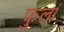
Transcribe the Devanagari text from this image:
फुलां